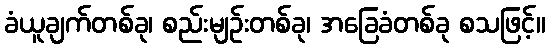
ခံယူချက်တစ်ခု၊ စည်းမျဉ်းတစ်ခု၊ အခြေခံတစ်ခု စသဖြင့်။